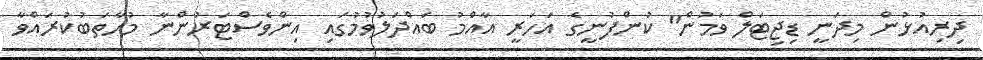
ދިރިއުޅުން މިދަނީ ޑިޖިޓަލް ވަމުން" ކުންފުނީގެ އަހަރީ އާއްމު ބައްދަލުވުމުގައި އިންވެސްޓަރުންނާ މުހާތަބުކުރައްވާ